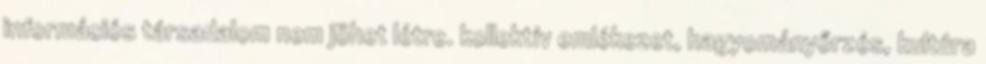
információs társadalom nem jöhet létre. kollektív emlékezet, hagyományőrzés, kultúra